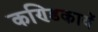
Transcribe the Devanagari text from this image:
कण्डिकायें